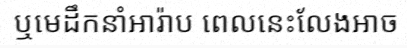
ឬមេដឹកនាំអារ៉ាប ពេលនេះលែងអាច